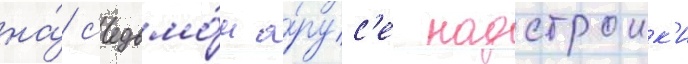
на́ с'едьмо́м я́рус'е надстроик'и